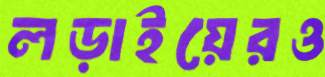
লড়াইয়েরও